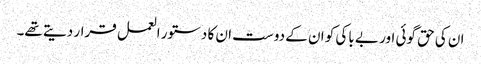
ان کی حق گوئی اور بے باکی کو ان کے دوست ان کا دستور العمل قرار دیتے تھے۔